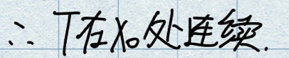
\(\therefore T\)在\(x_{0}\)处连续.